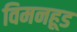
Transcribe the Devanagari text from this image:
विमनहूड